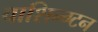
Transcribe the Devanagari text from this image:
वाशिन्ग्टन